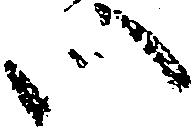
い